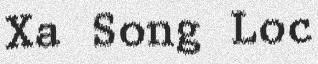
Xa Song Loc